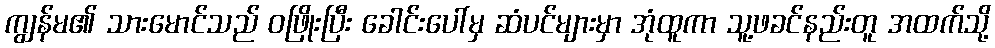
ကျွန်မ၏ သားမောင်သည် ဝဖြိုးပြီး ခေါင်းပေါ်မှ ဆံပင်များမှာ အုံထူကာ သူ့ဖခင်နည်းတူ အထက်သို့